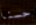
حسنا